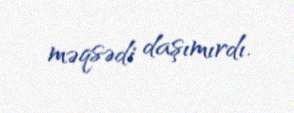
məqsədi daşımırdı.